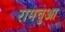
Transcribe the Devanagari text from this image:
रामचुआ